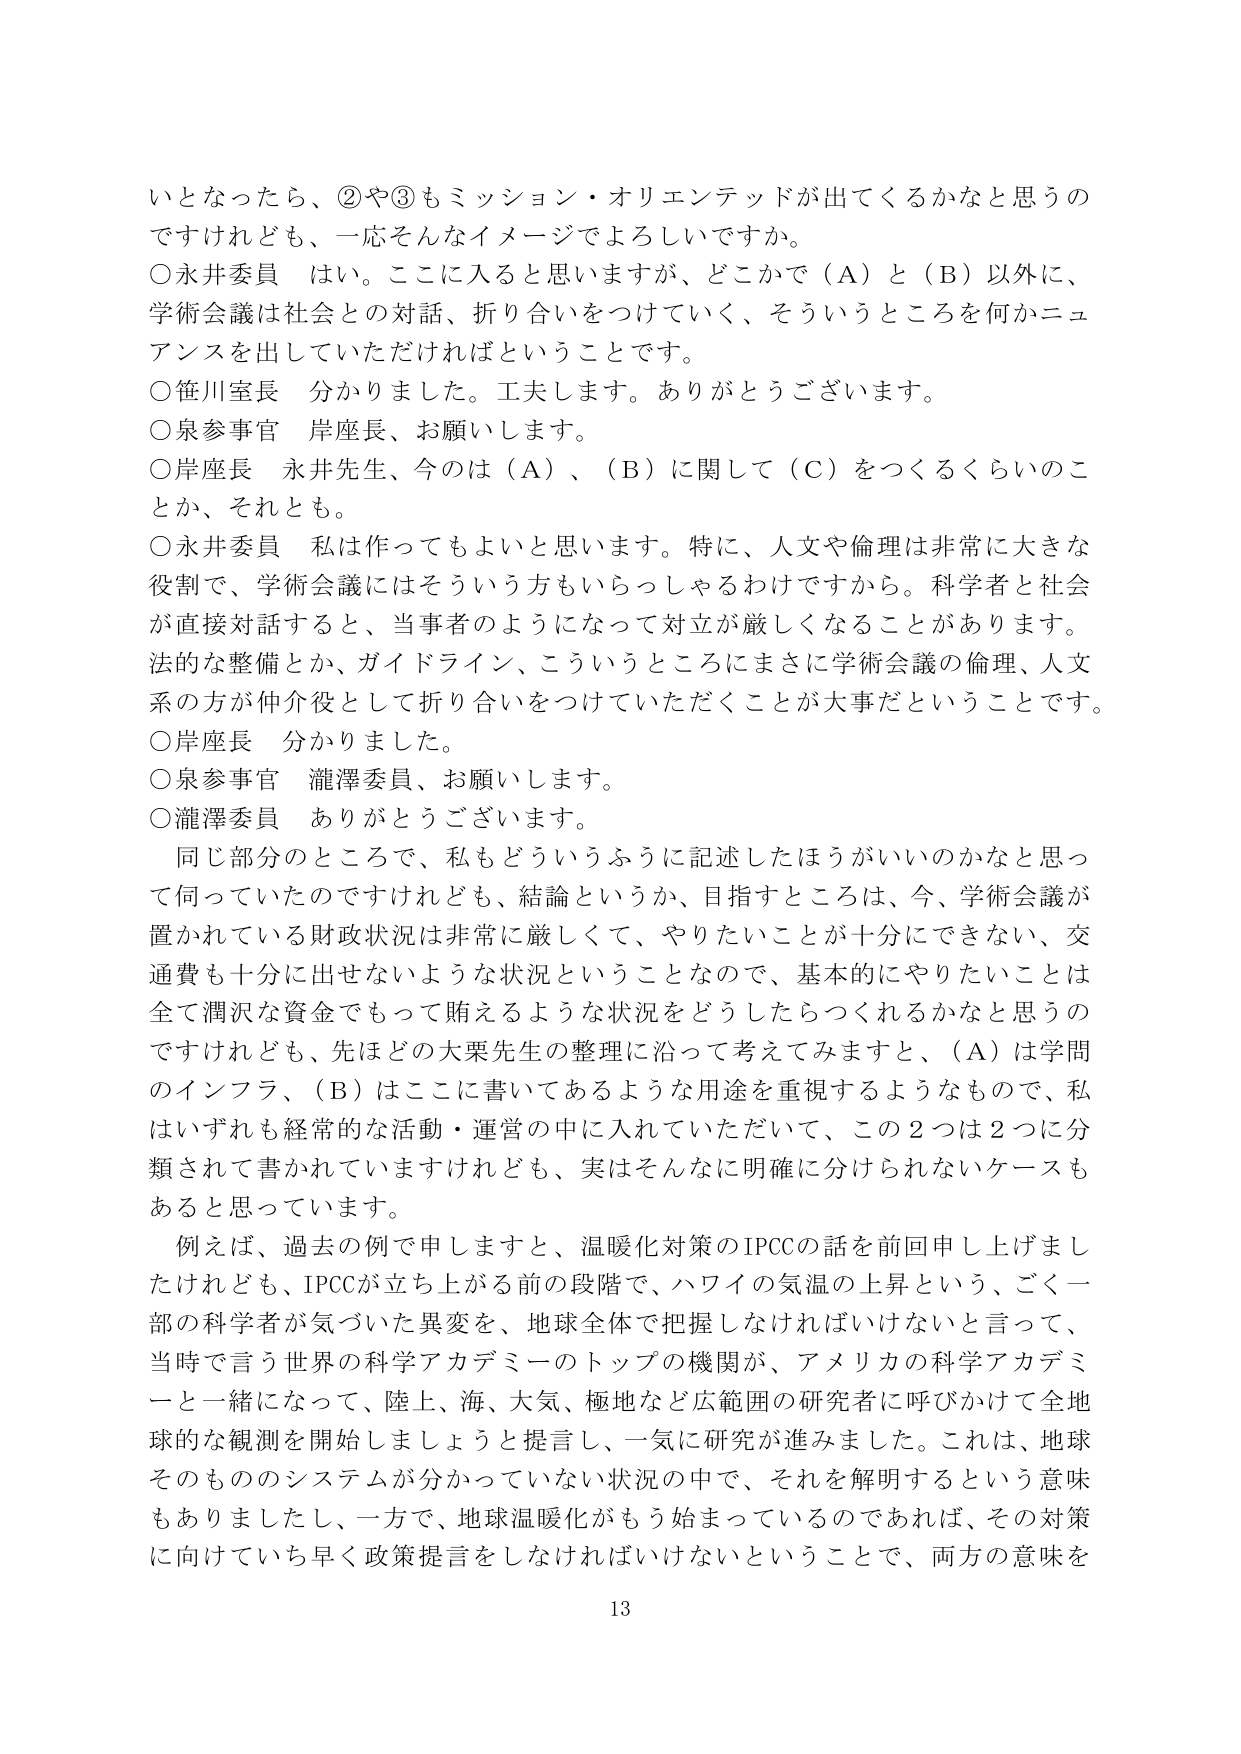
いとなったら、②や③もミッション・オリエンテッドが出てくるかなと思うのですけれども、一応そんなイメージでよろしいですか。

○永井委員　はい。ここに入ると思いますが、どこかで（Ａ）と（Ｂ）以外に、学術会議は社会との対話、折り合いをつけていく、そういうところを何かニュアンスを出していただければということです。

○笹川室長　分かりました。工夫します。ありがとうございます。

○泉参事官　岸座長、お願いします。

○岸座長　永井先生、今のは（Ａ）、（Ｂ）に関して（Ｃ）をつくるくらいのことか、それとも。

○永井委員　私は作ってもよいと思います。特に、人文や倫理は非常に大きな役割で、学術会議にはそういう方もいらっしゃるわけですから。科学者と社会が直接対話すると、当事者のようになって対立が厳しくなることがあります。法的な整備とか、ガイドライン、こういうところにまさに学術会議の倫理、人文系の方が仲介役として折り合いをつけていただくことが大事だということです。

○岸座長　分かりました。

○泉参事官　瀧澤委員、お願いします。

○瀧澤委員　ありがとうございます。

　同じ部分のところで、私もどういうふうに記述したほうがいいのかなと思って伺っていたのですけれども、結論というか、目指すところは、今、学術会議が置かれている財政状況は非常に厳しくて、やりたいことが十分にできない、交通費も十分に出せないような状況ということで、基本的にやりたいことは全て潤沢な資金でもって賄えるような状況をどうしたらつくれるかなと思うのですけれども、先ほどの大栗先生の整理に沿って考えてみますと、（Ａ）は学問のインフラ、（Ｂ）はここに書いてあるような用途を重視するようなもので、私はいずれも経常的な活動・運営の中に入れていただいて、この２つは２つに分類されて書かれていますけれども、実はそんなに明確に分けられないケースもあると思っています。

　例えば、過去の例で申しますと、温暖化対策のIPCCの話を前回申し上げましたけれども、IPCCが立ち上がる前の段階で、ハワイの気温の上昇という、ご一部の科学者が気づいた異変を、地球全体で把握しなければいけないと言って、当時で言う世界の科学アカデミーのトップの機関が、アメリカの科学アカデミーと一緒になって、陸上、海、大気、極地など広範囲の研究者に呼びかけて全球的な観測を開始しましょうと提言し、一気に研究が進みました。これは、地球そのもののシステムが分かっていない状況の中で、それを解明するという意味もありましたし、一方で、地球温暖化がもう始まっているのであれば、その対策に向けていち早く政策提言をしなければいけないということで、両方の意味を

13